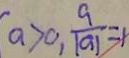
a > 0 , \frac { 9 } { \vert a \vert } = 1